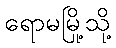
ရောမမြို့သို့